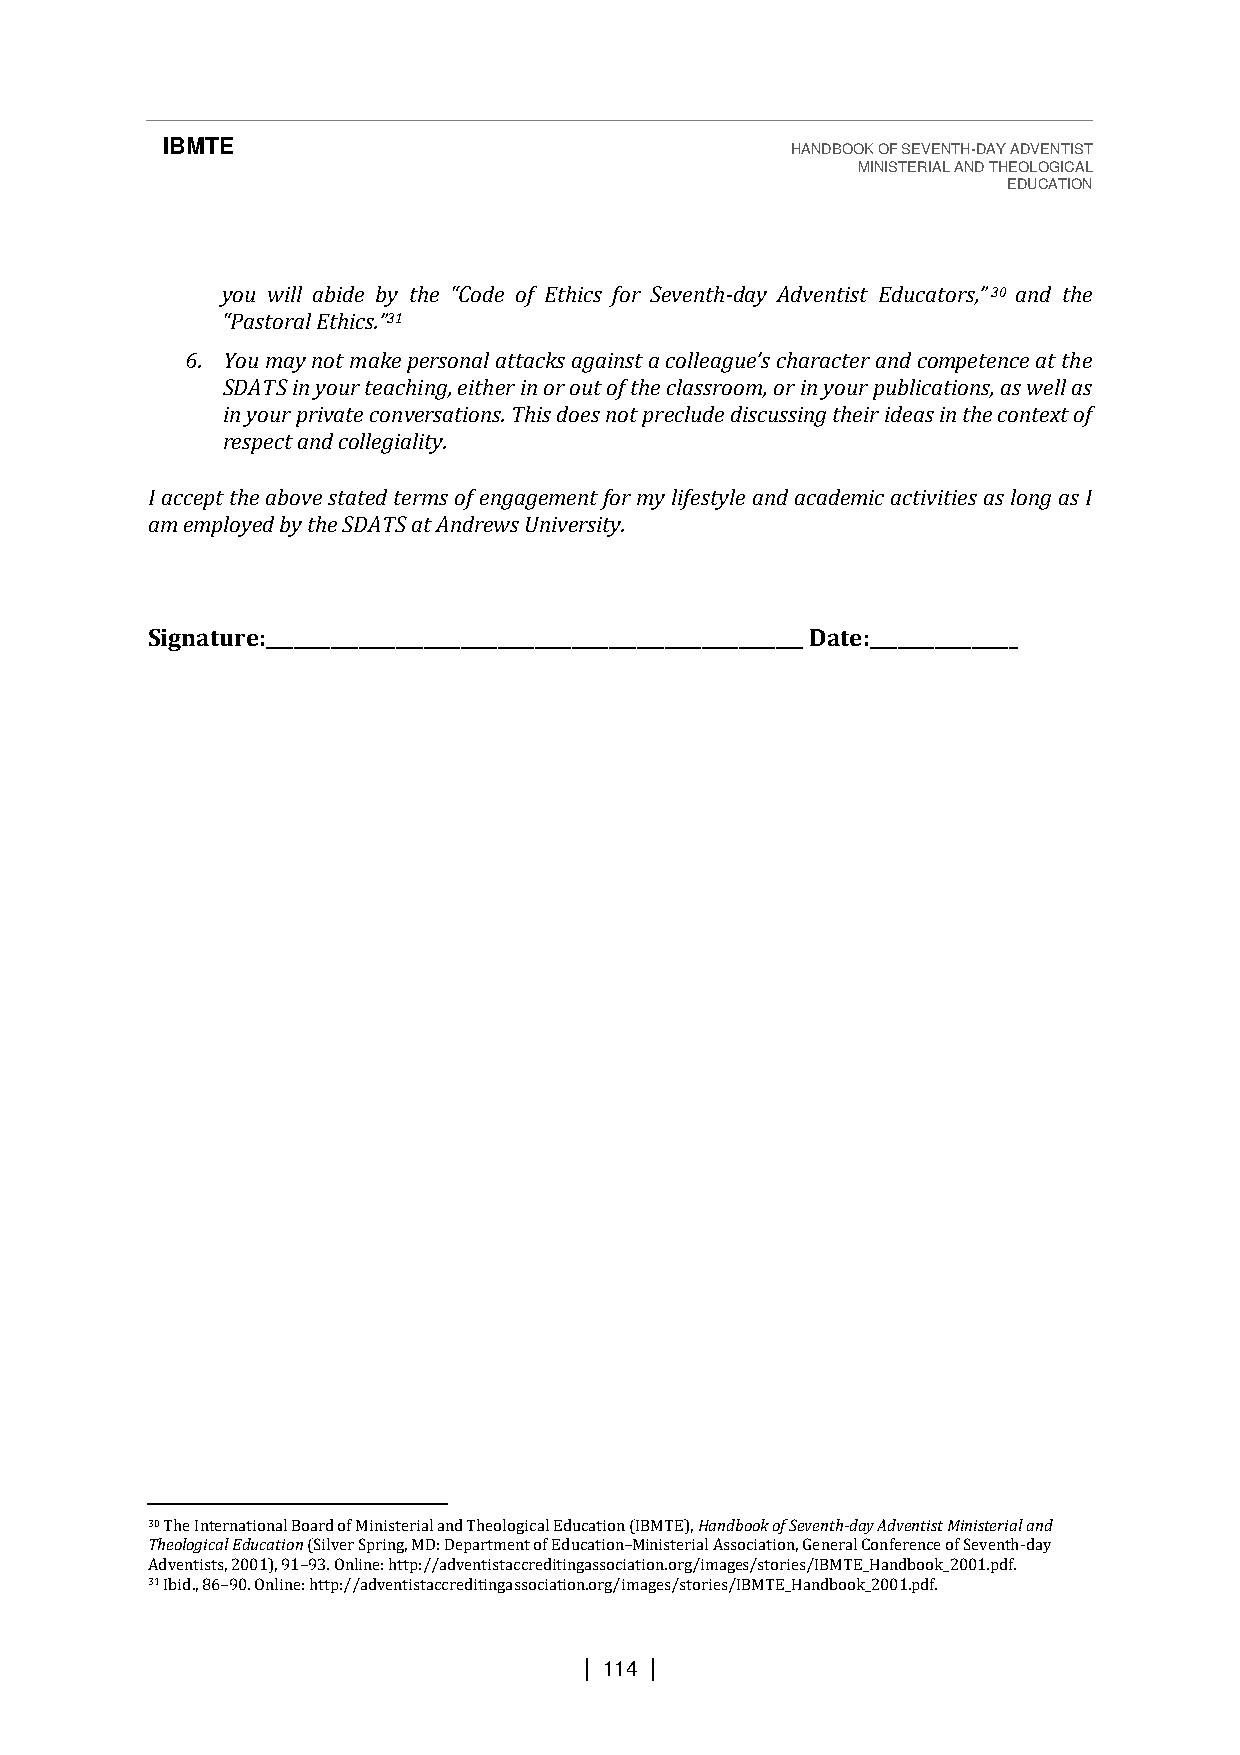
IBMTE                                    HANDBOOK OF SEVENTH-DAY ADVENTIST
 MINISTERIAL AND THEOLOGICAL
 EDUCATION
 you will abide by the “Code of Ethics for Seventh-day Adventist Educators,”30 and the
 “Pastoral Ethics.”31
 6. You may not make personal attacks against a colleague’s character and competence at the
 SDATS in your teaching, either in or out of the classroom, or in your publications, as well as
 in your private conversations. This does not preclude discussing their ideas in the context of
 respect and collegiality.
 I accept the above stated terms of engagement for my lifestyle and academic activities as long as I
 am employed by the SDATS at Andrews University.
 Signature:__________________________________________________________ Date:________________
 30 The International Board of Ministerial and Theological Education (IBMTE), Handbook of Seventh-day Adventist Ministerial and
 Theological Education (Silver Spring, MD: Department of Education Ministerial Association, General Conference of Seventh-day
 Adventists, 2001), 91 93. Online: http://adventistaccreditingassociation.org/images/stories/IBMTE_Handbook_2001.pdf.
 31 Ibid., 86 90. Online: http://adventistaccreditingassociation.org/i–mages/stories/IBMTE_Handbook_2001.pdf.
 –
 –
 | 114 |